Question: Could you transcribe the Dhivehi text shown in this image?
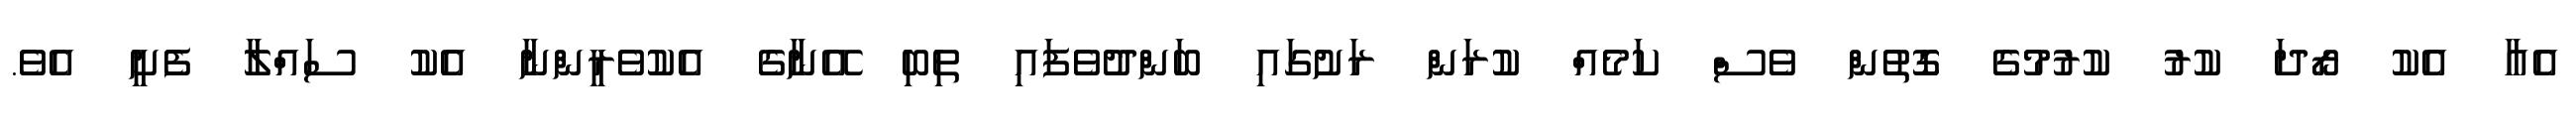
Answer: އެއާ އެކު ރޯދަ ކުރު ކުރުމުގެ ގޮތުން ވެސް ކަމެއް ކުރަން ރަށުގައި ބަންދުވެފައި ތިބި އޭނާގެ އެކުވެރީންނާ އެކު ސައްލާ ފެށީ އެވެ.